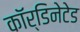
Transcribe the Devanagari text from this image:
कॉर्डिनेटेड